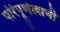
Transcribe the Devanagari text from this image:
परिपूर्णत्वाची